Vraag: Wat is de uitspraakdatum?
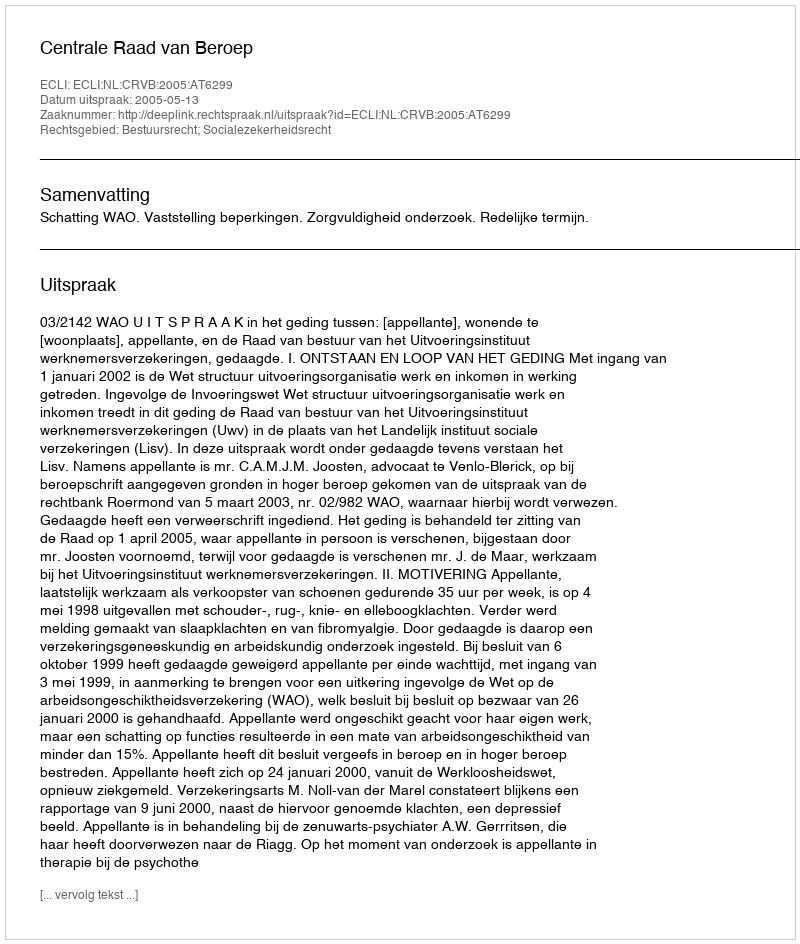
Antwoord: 2005-05-13